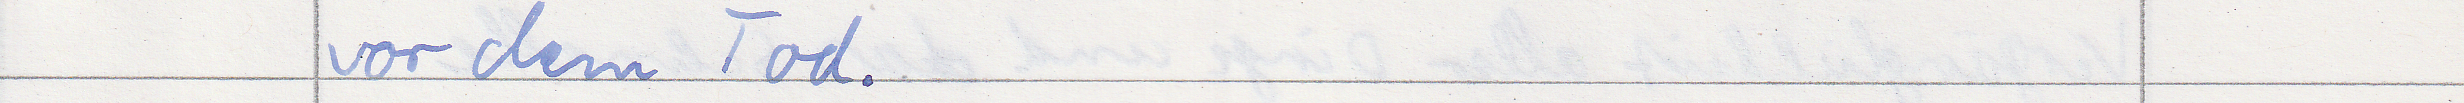
vor dem Tod.